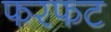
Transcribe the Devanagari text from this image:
फरफट